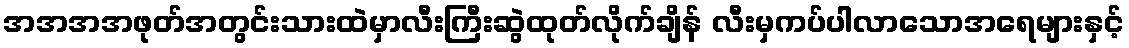
အအအအဖုတ်အတွင်းသားထဲမှာလီးကြီးဆွဲထုတ်လိုက်ချိန် လီးမှကပ်ပါလာသောအရေများနှင့်